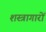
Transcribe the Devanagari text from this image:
शस्त्रागारों